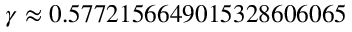
\gamma \approx 0 . 5 7 7 2 1 5 6 6 4 9 0 1 5 3 2 8 6 0 6 0 6 5